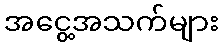
အငွေ့အသက်များ